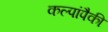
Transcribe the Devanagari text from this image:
कल्पांपैकी